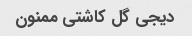
دیجی گل کاشتی ممنون